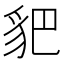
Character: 𧲧